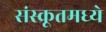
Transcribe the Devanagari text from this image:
संस्क्रूतमध्ये